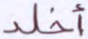
أخلد